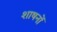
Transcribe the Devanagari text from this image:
शाषनों